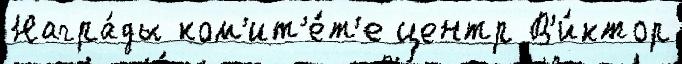
Награ́ды ком'ит'е́т'е центр В'и́ктор